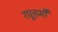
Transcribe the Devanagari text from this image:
रघूत्तमौ